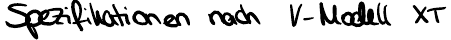
Spezifikationen nach V-Modell XT